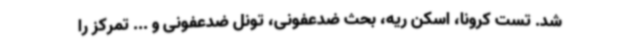
شد. تست کرونا، اسکن ریه، بحث ضدعفونی، تونل ضدعفونی و ... تمرکز را